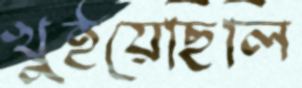
খুইয়েছিলি